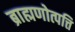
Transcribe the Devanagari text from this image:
ब्राह्मणोत्पत्ति